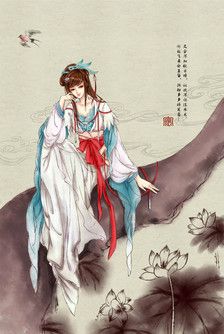
一顾倾人城，再顾倾人国。